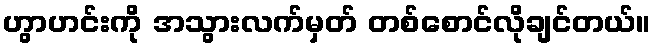
ဟွာဟင်းကို အသွားလက်မှတ် တစ်စောင်လိုချင်တယ်။